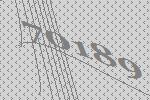
70189